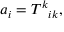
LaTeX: a _ { i } = T ^ { k } { } _ { i k } ,